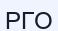
РГО